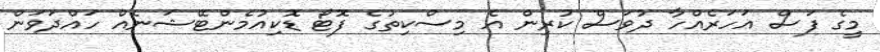
މީގެ ފަސް އަހަރެއްހާ ދުވަސް ކުރިން އެ މިސްކިތުގެ ފޮޓޯ ޑޮކިއުމެންޓޭޝަނެއް ހައްދަވަން